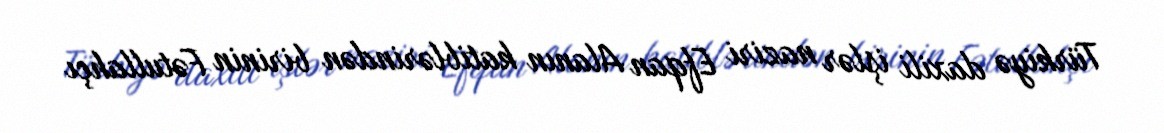
Türkiyə daxili işlər naziri Efqan Alanın katiblərindən birinin Fətullahçı